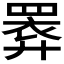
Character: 𢍧